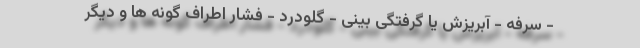
- سرفه - آبریزش یا گرفتگی بینی - گلودرد - فشار اطراف گونه ها و دیگر